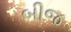
બીજ